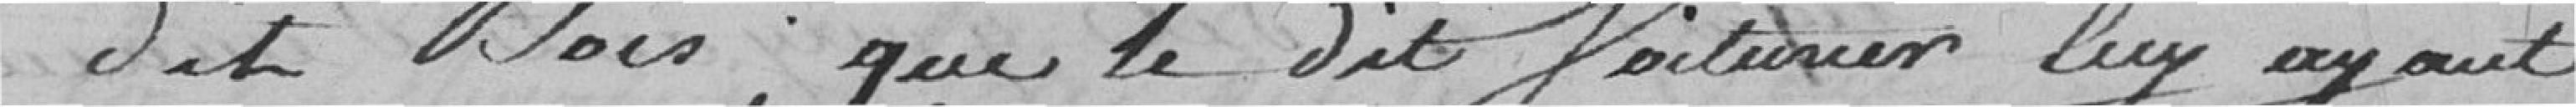
dit bois, que le dit voiturier lui ayant